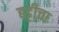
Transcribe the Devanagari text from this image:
हट्टीचा